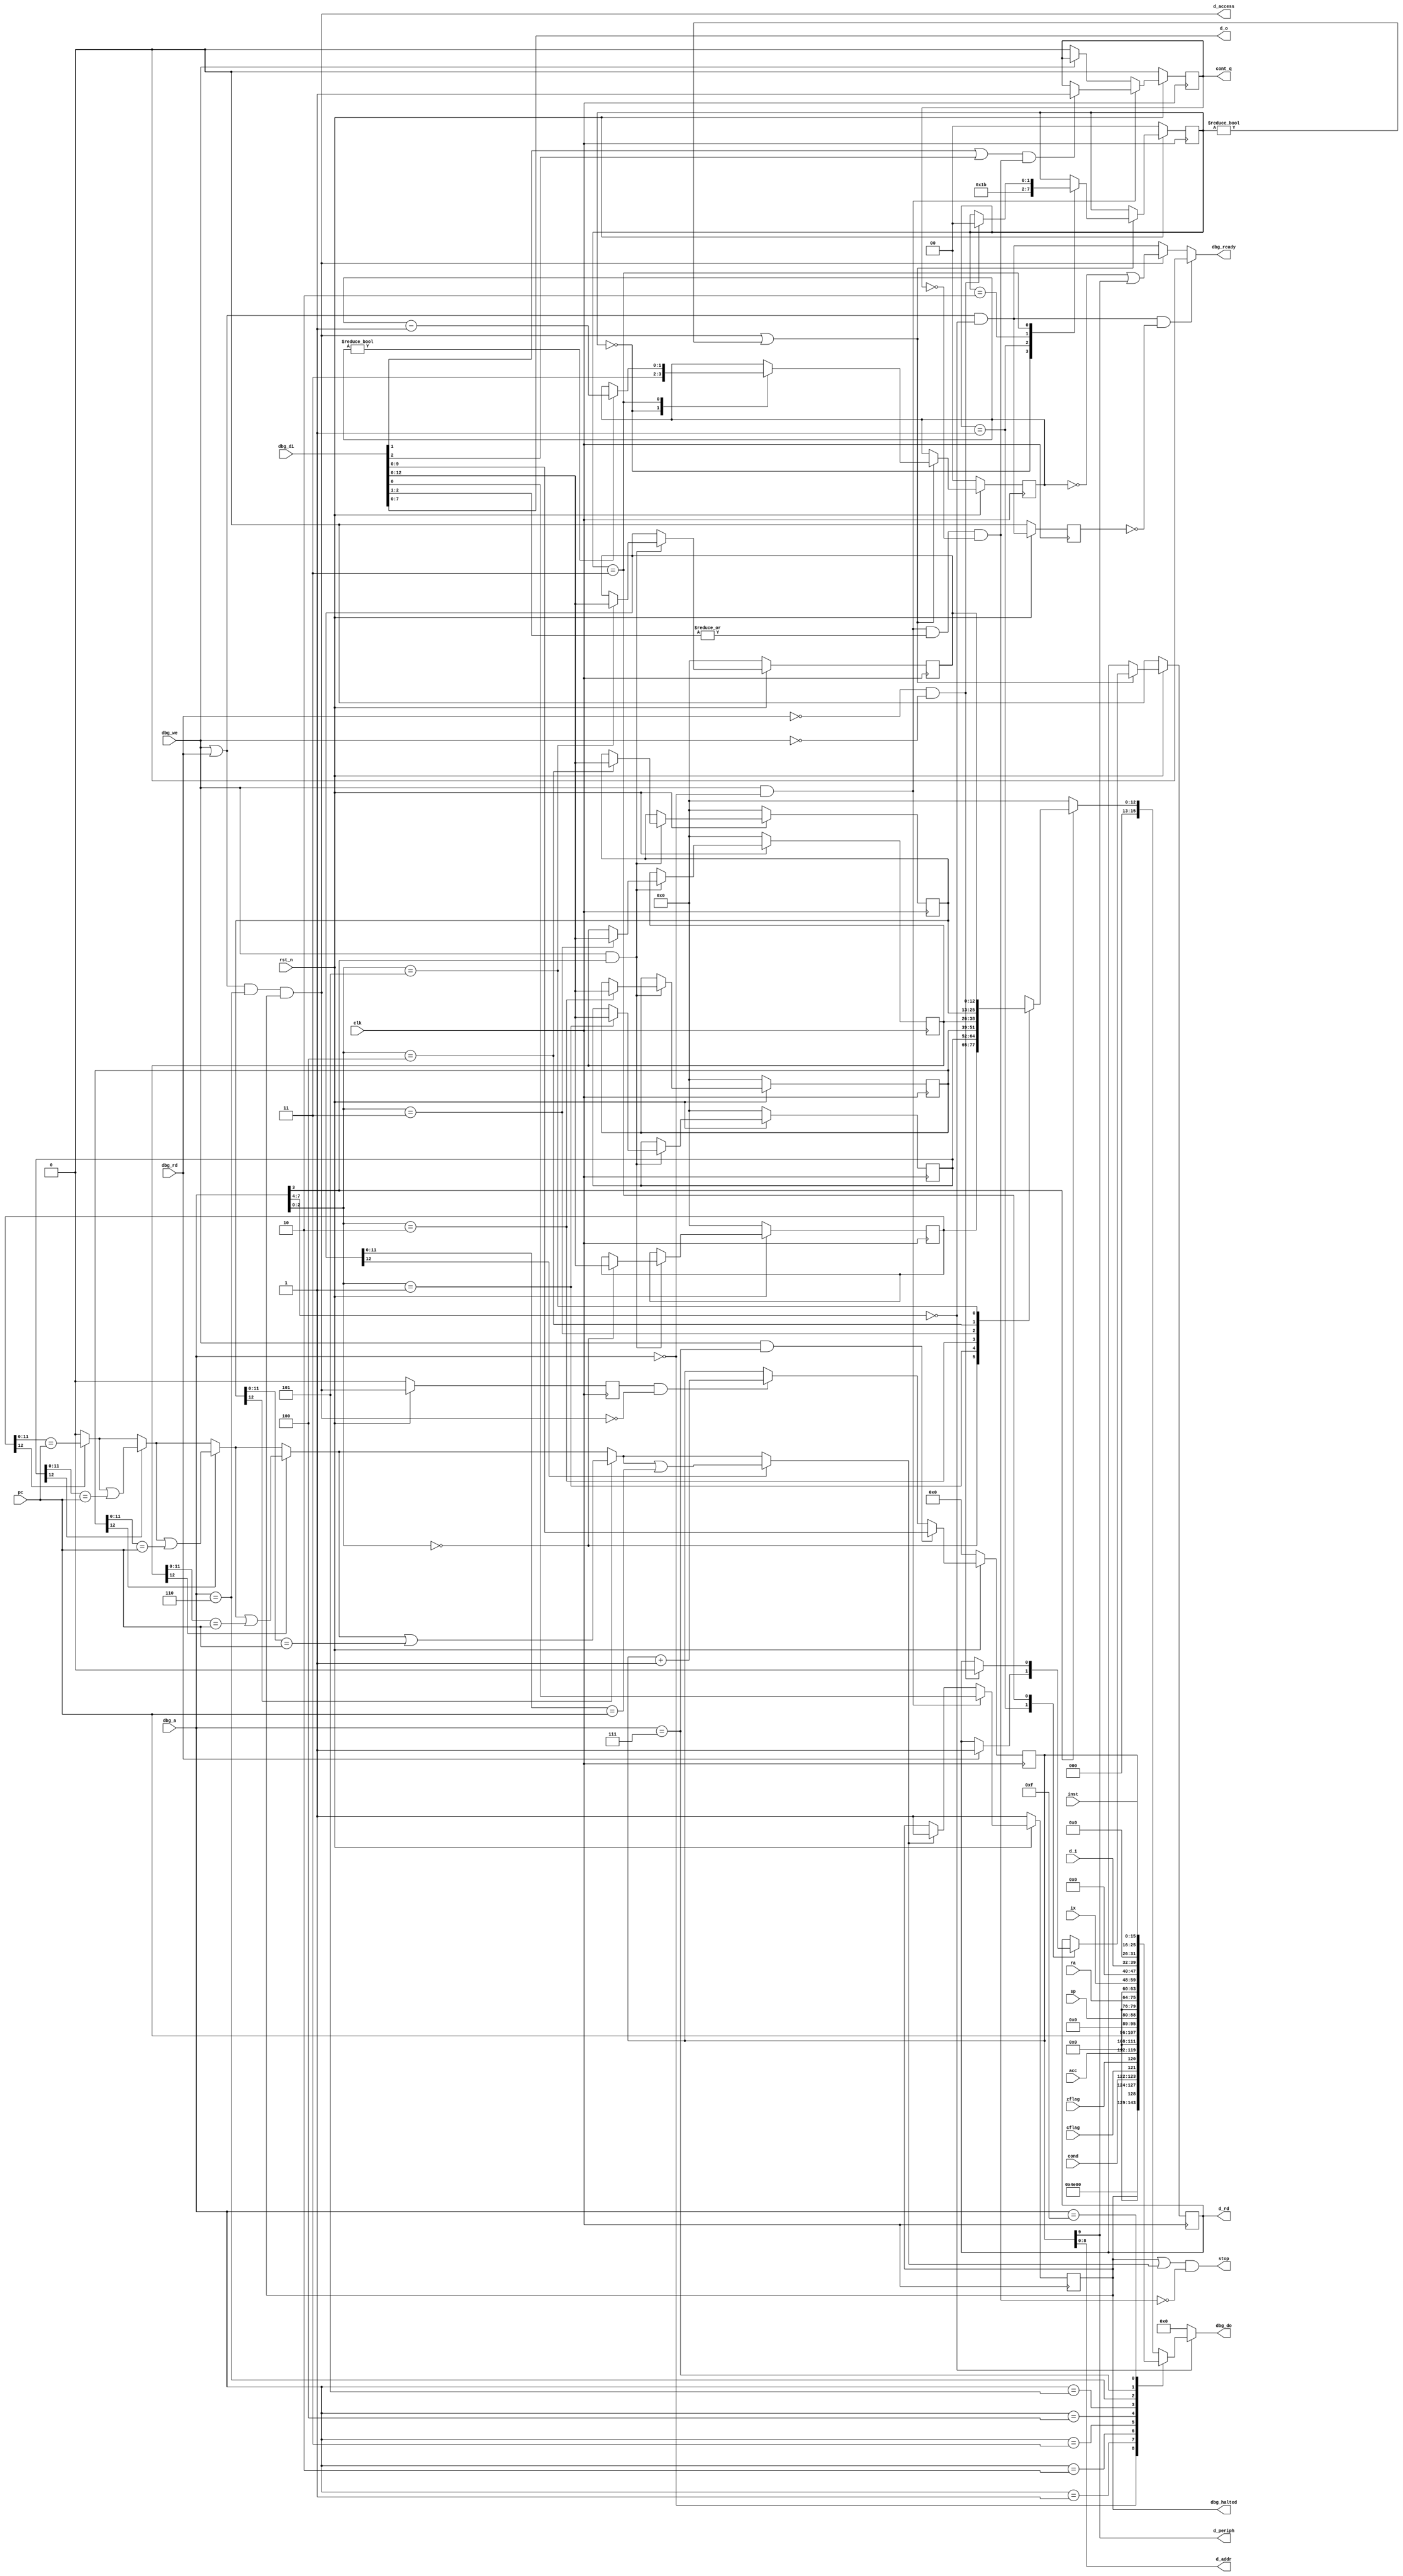
// This program was cloned from: https://github.com/kdp1965/tt06-um-lisa
// License: Apache License 2.0

/*
==============================================================================
lisa_dbg.v:  Little ISA (LISA) 8-bit processor debugger.

Copyright 2024 by Ken Pettit <pettitkd@gmail.com>

Redistribution and use in source and binary forms, with or without
modification, are permitted provided that the following conditions
are met:
1. Redistributions of source code must retain the above copyright
   notice, this list of conditions and the following disclaimer.
2. Redistributions in binary form must reproduce the above copyright
   notice, this list of conditions and the following disclaimer in the
   documentation and/or other materials provided with the distribution.

THIS SOFTWARE IS PROVIDED BY THE AUTHOR AND CONTRIBUTORS ``AS IS'' AND
ANY EXPRESS OR IMPLIED WARRANTIES, INCLUDING, BUT NOT LIMITED TO, THE
IMPLIED WARRANTIES OF MERCHANTABILITY AND FITNESS FOR A PARTICULAR PURPOSE
ARE DISCLAIMED.  IN NO EVENT SHALL THE AUTHOR OR CONTRIBUTORS BE LIABLE
FOR ANY DIRECT, INDIRECT, INCIDENTAL, SPECIAL, EXEMPLARY, OR CONSEQUENTIAL
DAMAGES (INCLUDING, BUT NOT LIMITED TO, PROCUREMENT OF SUBSTITUTE GOODS
OR SERVICES; LOSS OF USE, DATA, OR PROFITS; OR BUSINESS INTERRUPTION)
HOWEVER CAUSED AND ON ANY THEORY OF LIABILITY, WHETHER IN CONTRACT, STRICT
LIABILITY, OR TORT (INCLUDING NEGLIGENCE OR OTHERWISE) ARISING IN ANY WAY
OUT OF THE USE OF THIS SOFTWARE, EVEN IF ADVISED OF THE POSSIBILITY OF
SUCH DAMAGE.

==============================================================================
*/

/*
==========================================================================================
Debug module:

   Debug Addresses
      0:    Control / Status
               { 8'h0, D_BITS[4:0], PC_BITS[3:0], 5'h0, single_step, resume, halt }
      1:    Acc / flags
               { 4'h0,  cond_code[1:0], cflag, zflag, acc }
      2:    PC
      3:    SP
      4:    RA
      5:    IX
      6:    Data bus
      7:    Data Bus Address
      8:    Breakpoint 0
               [ en0, bkpt0 }
      9:    Breakpoint 0
               [ en1, bkpt1 }
      f:    Current instruction word
      etc.

==========================================================================================
*/
`define SIX_BREAK

module lisa_dbg
#(
      parameter PC_BITS        = 12,
      parameter D_BITS         = 9,
      parameter DBG_BRKPOINTS  = 6
)
(
   input                      clk,
   input                      rst_n,

   // Processor signals
   input  wire [15:0]         inst,
   input  wire [PC_BITS-1:0]  pc,
   input  wire [7:0]          acc,
   input  wire [D_BITS-1:0]   sp,
   input  wire [PC_BITS-1:0]  ix,
   input  wire [PC_BITS-1:0]  ra,
   input  wire [1:0]          cond,
   input  wire                zflag,
   input  wire                cflag,

   // Signal to processor to stop execution
   output wire                stop,
   output reg                 cont_q,

   // Data bus signals
   output wire [D_BITS-1:0]   d_addr,
   output wire [7:0]          d_o,
   output wire                d_access,
   input  wire [7:0]          d_i,
   output wire                d_periph,
   output reg                 d_rd,

   // The debug control bus
   input  wire [7:0]          dbg_a,
   input  wire [15:0]         dbg_di,
   output reg  [15:0]         dbg_do,
   input  wire                dbg_we,
   input  wire                dbg_rd,
   output wire                dbg_ready,
   output wire                dbg_halted
);

   reg               halted;
   wire              cont;
   wire [PC_BITS:0]  brk_r[DBG_BRKPOINTS-1:0];
   reg  [PC_BITS:0]  brk_r0;
   reg  [PC_BITS:0]  brk_r1;
   reg  [PC_BITS:0]  brk_r2;
   reg  [PC_BITS:0]  brk_r3;
`ifdef SIX_BREAK
   reg  [PC_BITS:0]  brk_r4;
   reg  [PC_BITS:0]  brk_r5;
`endif
   reg               brk_halt;
   reg               d_access_r;
   reg               d_active_r;
   reg  [1:0]        access_state;
   reg  [D_BITS:0]   d_addr_r;
   reg  [1:0]        delay;
   wire [3:0]        d_bits;
   wire [3:0]        pc_bits;
   wire              d_active;
	integer				i;

   assign d_o      = dbg_di[7:0];
   assign d_access = (dbg_we | dbg_rd) && dbg_a == 8'h6 && halted;
   assign d_active = (dbg_we | dbg_rd) && dbg_a[7:4] == 4'h0;
   assign dbg_halted = halted;
   assign dbg_ready = (d_active & !d_active_r) ? 1'b0 : d_access ? ((delay == 2'h0) | d_periph) : d_active;

   always @(posedge clk)
   begin
      if (~rst_n)
      begin
         halted <= 1'b1;
         cont_q <= 1'b0;
         delay  <= 2'h0;
         d_addr_r <= {(D_BITS+1){1'b0}};
         access_state <= 2'h0;
         d_access_r <= 1'b0;
         d_active_r <= 1'b0;
         brk_r0 <= 16'h0;
         brk_r1 <= 16'h0;
         brk_r2 <= 16'h0;
         brk_r3 <= 16'h0;
`ifdef SIX_BREAK
         brk_r4 <= 16'h0;
         brk_r5 <= 16'h0;
`endif
         //d_we   <= 1'b0;
         d_rd   <= 1'b0;
      end
      else
      begin
         // Status register write
         if (dbg_we && dbg_a == 8'h0)
         begin
            // Write to halt register
            halted <= dbg_di[0];

            // Test for resume or single_step
            if ((dbg_di[1] || dbg_di[2]) && cont)
               cont_q <= 1'b1;
         end
         else
         begin
            // Test for end of write cycle to drive cont_q low
            if (dbg_we == 1'b0)
               cont_q <= 1'b0;

            // Test for halt from breakpoint
            if (brk_halt)
               halted <= 1'b1;
         end

         d_access_r <= d_access;
         d_active_r <= d_active;

         // Breakpoint register write
         if (dbg_we & dbg_a[3])
         begin
            if (dbg_a[2:0] == 3'h0)
               brk_r0 <= dbg_di[PC_BITS:0];
            if (dbg_a[2:0] == 3'h1)
               brk_r1 <= dbg_di[PC_BITS:0];
            if (dbg_a[2:0] == 3'h2)
               brk_r2 <= dbg_di[PC_BITS:0];
            if (dbg_a[2:0] == 3'h3)
               brk_r3 <= dbg_di[PC_BITS:0];
`ifdef SIX_BREAK
            if (dbg_a[2:0] == 3'h4)
               brk_r4 <= dbg_di[PC_BITS:0];
            if (dbg_a[2:0] == 3'h5)
               brk_r5 <= dbg_di[PC_BITS:0];
`endif
         end

         // Data bus register write
         if (dbg_we & dbg_a == 8'h7)
            d_addr_r <= dbg_di[D_BITS:0];

         // Increment data bus access address at the end of the cycle
         else if (d_access_r && !d_access)
            d_addr_r <= d_addr_r + 1;

         if (d_access || (access_state != 2'h0))
            case (access_state)
            2'h0:
            begin
               access_state <= 2'h1;
               delay        <= 2'h3;
            end

            2'h1:
            begin
               if (dbg_rd)
                  d_rd <= 1'b1;
               access_state <= 2'h2;
            end

            2'h2:
            begin
               access_state <= 2'h3;
            end

            2'h3:
            begin
               if (delay != 2'h0)
                  delay <= delay - 1;
               if (dbg_rd == 0 && dbg_we == 0)
               begin
                  d_rd <= 1'b0;
                  access_state <= 2'h0;
               end
            end
            endcase
      end
   end

   /*
   ================================================================
   Logic to test for PC match break
   ================================================================
   */
   assign brk_r[0] = brk_r0;
   assign brk_r[1] = brk_r1;
   assign brk_r[2] = brk_r2;
   assign brk_r[3] = brk_r3;
`ifdef SIX_BREAK
   assign brk_r[4] = brk_r4;
   assign brk_r[5] = brk_r5;
`endif
   always @*
   begin
      brk_halt = 1'b0;
      for (i = 0; i < DBG_BRKPOINTS; i = i + 1)
      begin
         if (brk_r[i][PC_BITS])
            brk_halt = brk_halt | (brk_r[i][PC_BITS-1:0] == pc);
      end
   end
   
   assign cont = dbg_we && dbg_a == 8'h0 && |dbg_di[2:1] && ~cont_q;
   assign stop = (halted | brk_halt) && !cont;
   assign d_addr   = d_addr_r[D_BITS-1:0];
   assign d_periph = d_addr_r[D_BITS];

   assign d_bits = D_BITS;
   assign pc_bits = PC_BITS;

   always @*
   begin
      dbg_do = 16'h0;
      if (dbg_a[7:4] == 4'h0)
      begin
         case (dbg_a)
         0:    dbg_do = { d_bits, pc_bits, 7'h0, halted };
         1:    dbg_do = { 4'h0,  cond, cflag, zflag, acc };
         2:    dbg_do = { {(16-PC_BITS){1'b0}}, pc };
         3:    dbg_do = { {(16-D_BITS){1'b0}},  sp };
         4:    dbg_do = { {(16-PC_BITS){1'b0}}, ra };
         5:    dbg_do = { {(16-PC_BITS){1'b0}}, ix };
         6:    dbg_do = { 8'h0, d_i };
         7:    dbg_do = d_addr_r;
         15:   dbg_do = inst;
         default:
            if (dbg_a[3])
`ifdef SIX_BREAK
               dbg_do = brk_r[dbg_a[2:0]];
`else
               dbg_do = brk_r[dbg_a[1:0]];
`endif
         endcase
      end
   end

endmodule